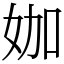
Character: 㚳